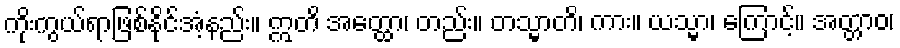
ကိုးကွယ်ရာဖြစ်နိုင်အံ့နည်း။ ဣတိ အတ္ထော၊ တည်း။ တသ္မာတိ၊ ကား။ ယသ္မာ၊ ကြောင့်။ အတ္တာဝ၊